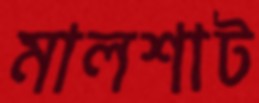
মালশাট